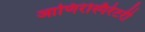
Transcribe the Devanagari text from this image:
आणिरेस्पिरेटरी